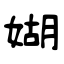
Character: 媩